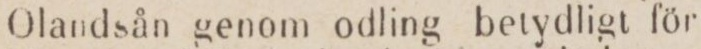
Olandsån genom odling betydligt för